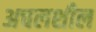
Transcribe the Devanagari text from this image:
अचलशील